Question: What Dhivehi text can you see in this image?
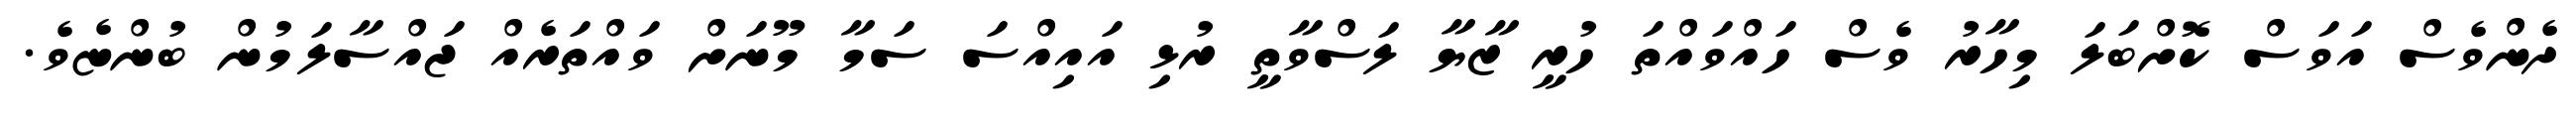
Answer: ދެންވެސް އަވަސް ކޮށްބަލަ މިހާރު ވެސް ހައްވައްތަ ހުރީ ޒާޔާ ލަސްވާތީ ރުޅި އައިއްސަ ސަމާ މޫނަށް ވައްތަރެއް ޖައްސާލަމުން ބުންޏެވެ.